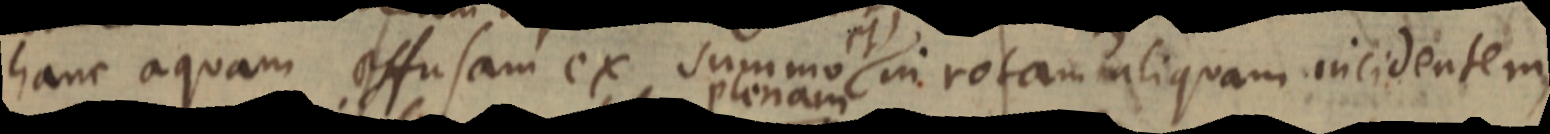
hanc aquam effusam ex summo et in rotam aliquam incidentem,